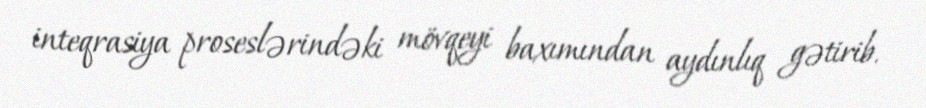
inteqrasiya proseslərindəki mövqeyi baxımından aydınlıq gətirib.